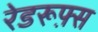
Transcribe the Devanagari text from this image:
रेडरूफ़्स